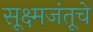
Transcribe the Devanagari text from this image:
सूक्ष्मजंतूचे